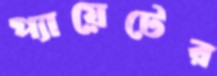
প্যায়েটের